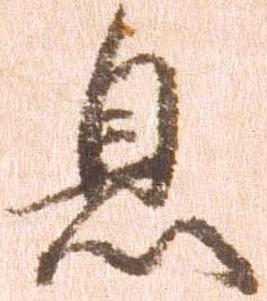
息